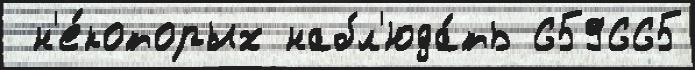
 н'е́которых набл'юда́ть 659665